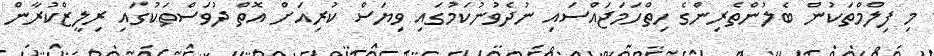
މި ފިލްމްތަކުން ބެލުންތެރިންގެ ހިތްހަމަޖައްސައި ނުދެވުނުކަމުގައި ވިޔަސް ކުރިއަށް އޮތް ދުވަސްތަކުގައި ރިލީޒްކުރާން